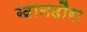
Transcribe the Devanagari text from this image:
खानदौरा